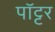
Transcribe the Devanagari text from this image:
पॉट्टर